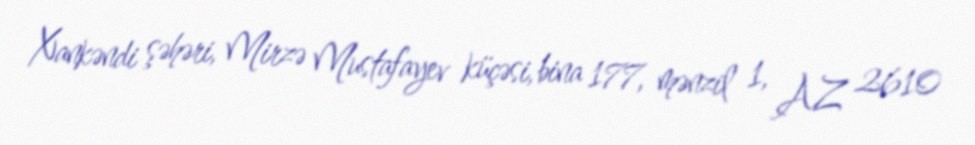
Xankəndi şəhəri, Mirzə Mustafayev küçəsi, bina 177, mənzil 1, AZ 2610